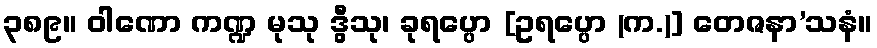
၃၈၉။ ဝါဏော ကဏ္ဍ မုသု ဒွီသု၊ ခုရပ္ပော [ဥရပ္ပော (က.)] တေဇနာ’သနံ။